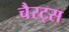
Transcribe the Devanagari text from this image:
चैरट्स